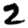
Digit: 2